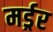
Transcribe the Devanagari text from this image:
मर्ड्रर